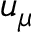
u _ { \mu }